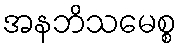
အနဘိသမေစ္စ